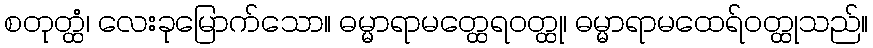
စတုတ္ထံ၊ လေးခုမြောက်သော။ ဓမ္မာရာမတ္ထေရဝတ္ထု၊ ဓမ္မာရာမထေရ်ဝတ္ထုသည်။